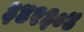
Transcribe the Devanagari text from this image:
३४२३०४